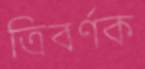
ত্রিবর্ণক